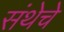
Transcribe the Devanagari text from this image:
संथेचे